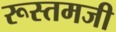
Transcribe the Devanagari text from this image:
रूस्‍तमजी